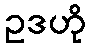
ဥဒဟို